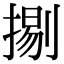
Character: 𢱦